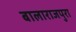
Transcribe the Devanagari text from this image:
बालाराजपुरा